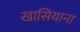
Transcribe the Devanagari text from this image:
खासियाना